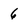
Character: 6